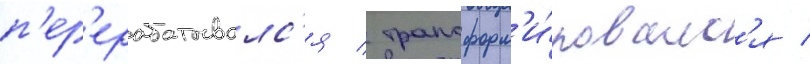
п'ер'ерабатывалс'я / трансформ'и́ровалс'я /